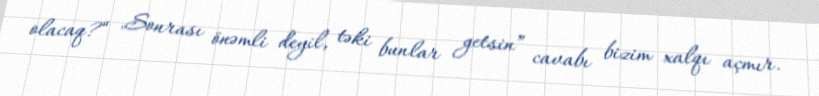
olacaq?“ „Sonrası önəmli deyil, təki bunlar getsin” cavabı bizim xalqı açmır.